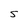
Character: 5